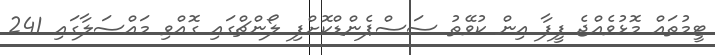
ޓީމުތައް މޮޅުވެއްޖެ ފީފާ އިން ކުވޭތު ސަސްޕެންޑްކޮށްފި ލޯންޗްގައި ގޮއްވި މައްސަލާގައި 241